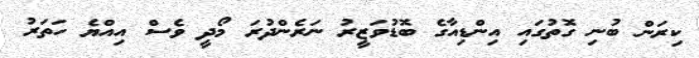
ކިރަން ބުނި ގޮތުގައި އިންޑިއާގެ ބޮޑުވަޒީރު ނަރެންދުރަ މޯދީ ވެސް އިއްޔެ ހަތަރު